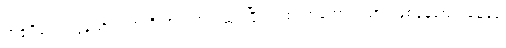
ရာဇူမီခင်က ဒွန်ညာ့လက်ကို တင်းတင်းဆုပ်ပြီး ပါးစပ်အဟောင်းသား ဖြစ်နေသော မေမေ